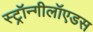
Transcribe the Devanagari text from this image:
स्ट्रॉन्गीलॉएडस